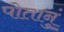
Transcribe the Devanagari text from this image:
पोतानुं